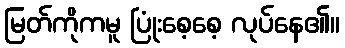
မြတ်ကိုကမူ ပြုံးစေ့စေ့ လုပ်နေ၏။